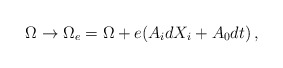
\begin{align*} \Omega \to \Omega_e = \Omega + e(A_i dX_i +A_0 dt)\, ,\end{align*}